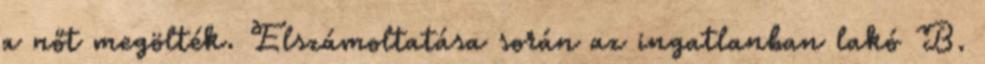
a nőt megölték. Elszámoltatása során az ingatlanban lakó B.